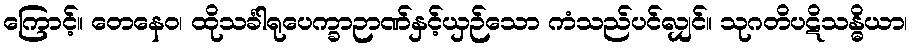
ကြောင့်။ တေနေဝ၊ ထိုသင်္ခါရုပေက္ခာဉာဏ်နှင့်ယှဉ်သော ကံသည်ပင်လျှင်။ သုဂတိပဋိသန္ဓိယာ၊